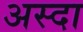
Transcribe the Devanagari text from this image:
अस्दा